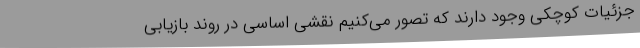
جزئیات کوچکی وجود دارند که تصور می‌کنیم نقشی اساسی در روند بازیابی